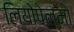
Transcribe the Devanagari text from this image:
लियोपेल्मा